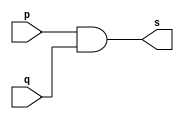
// Nome: Matheus Filipe Sieiro Vargas
module andgate1 (output s, input  p, input q);

assign s = p&q;

endmodule

module andgate2 (output s2, input  p, input q, input r);

andgate1 AND1 (s, p, q);
assign s2 = s&r;

endmodule

module testeandgate;

	reg a,b,c;
	wire s;
	
	andgate2 AND2 (s, a, b, c);
	
	initial begin:start
	
	a=0;
	b=0;
	c=0;
	
	end
	
	initial begin:main
	
	$display("Exemplo0008 - talo Guimares Otoni - 451581");
	$monitor ("%b %b %b = %b", a, b, c, s);
	
	#1 a=0; b=0; c=1;
	#1 a=0; b=1; c=0;
	#1 a=0; b=1; c=1;
	#1 a=1; b=0; c=0;
	#1 a=1; b=0; c=1;
	#1 a=1; b=1; c=0;
	#1 a=1; b=1; c=1;

	end

endmodule